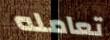
تعامله